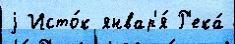
j Исто́к январ'я́ Р'ека́